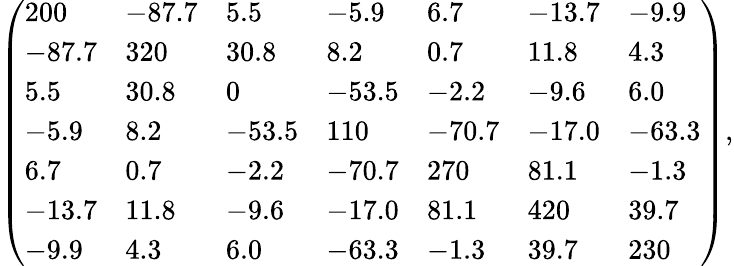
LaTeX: \left(\begin{array}{lllllll}{200}&{-87.7}&{5.5}&{-5.9}&{6.7}&{-13.7}&{-9.9}\\ {-87.7}&{320}&{30.8}&{8.2}&{0.7}&{11.8}&{4.3}\\ {5.5}&{30.8}&{0}&{-53.5}&{-2.2}&{-9.6}&{6.0}\\ {-5.9}&{8.2}&{-53.5}&{110}&{-70.7}&{-17.0}&{-63.3}\\ {6.7}&{0.7}&{-2.2}&{-70.7}&{270}&{81.1}&{-1.3}\\ {-13.7}&{11.8}&{-9.6}&{-17.0}&{81.1}&{420}&{39.7}\\ {-9.9}&{4.3}&{6.0}&{-63.3}&{-1.3}&{39.7}&{230}\end{array}\right),